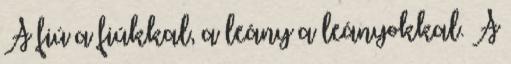
A fiú a fiúkkal, a leány a leányokkal. A